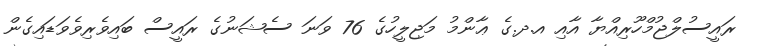
ރައީސުލްޖުމްހޫރިއްޔާ އާއި އ.ދ.ގެ ޢާންމު މަޖިލީހުގެ 76 ވަނަ ސެޝަނުގެ ރައީސް ބައިވެރިވެވަޑައިގެން